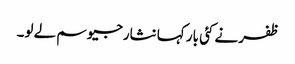
ظفر نے کئی بار کہا نثارجیو سم لے لو۔